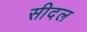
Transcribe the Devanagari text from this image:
सीदल